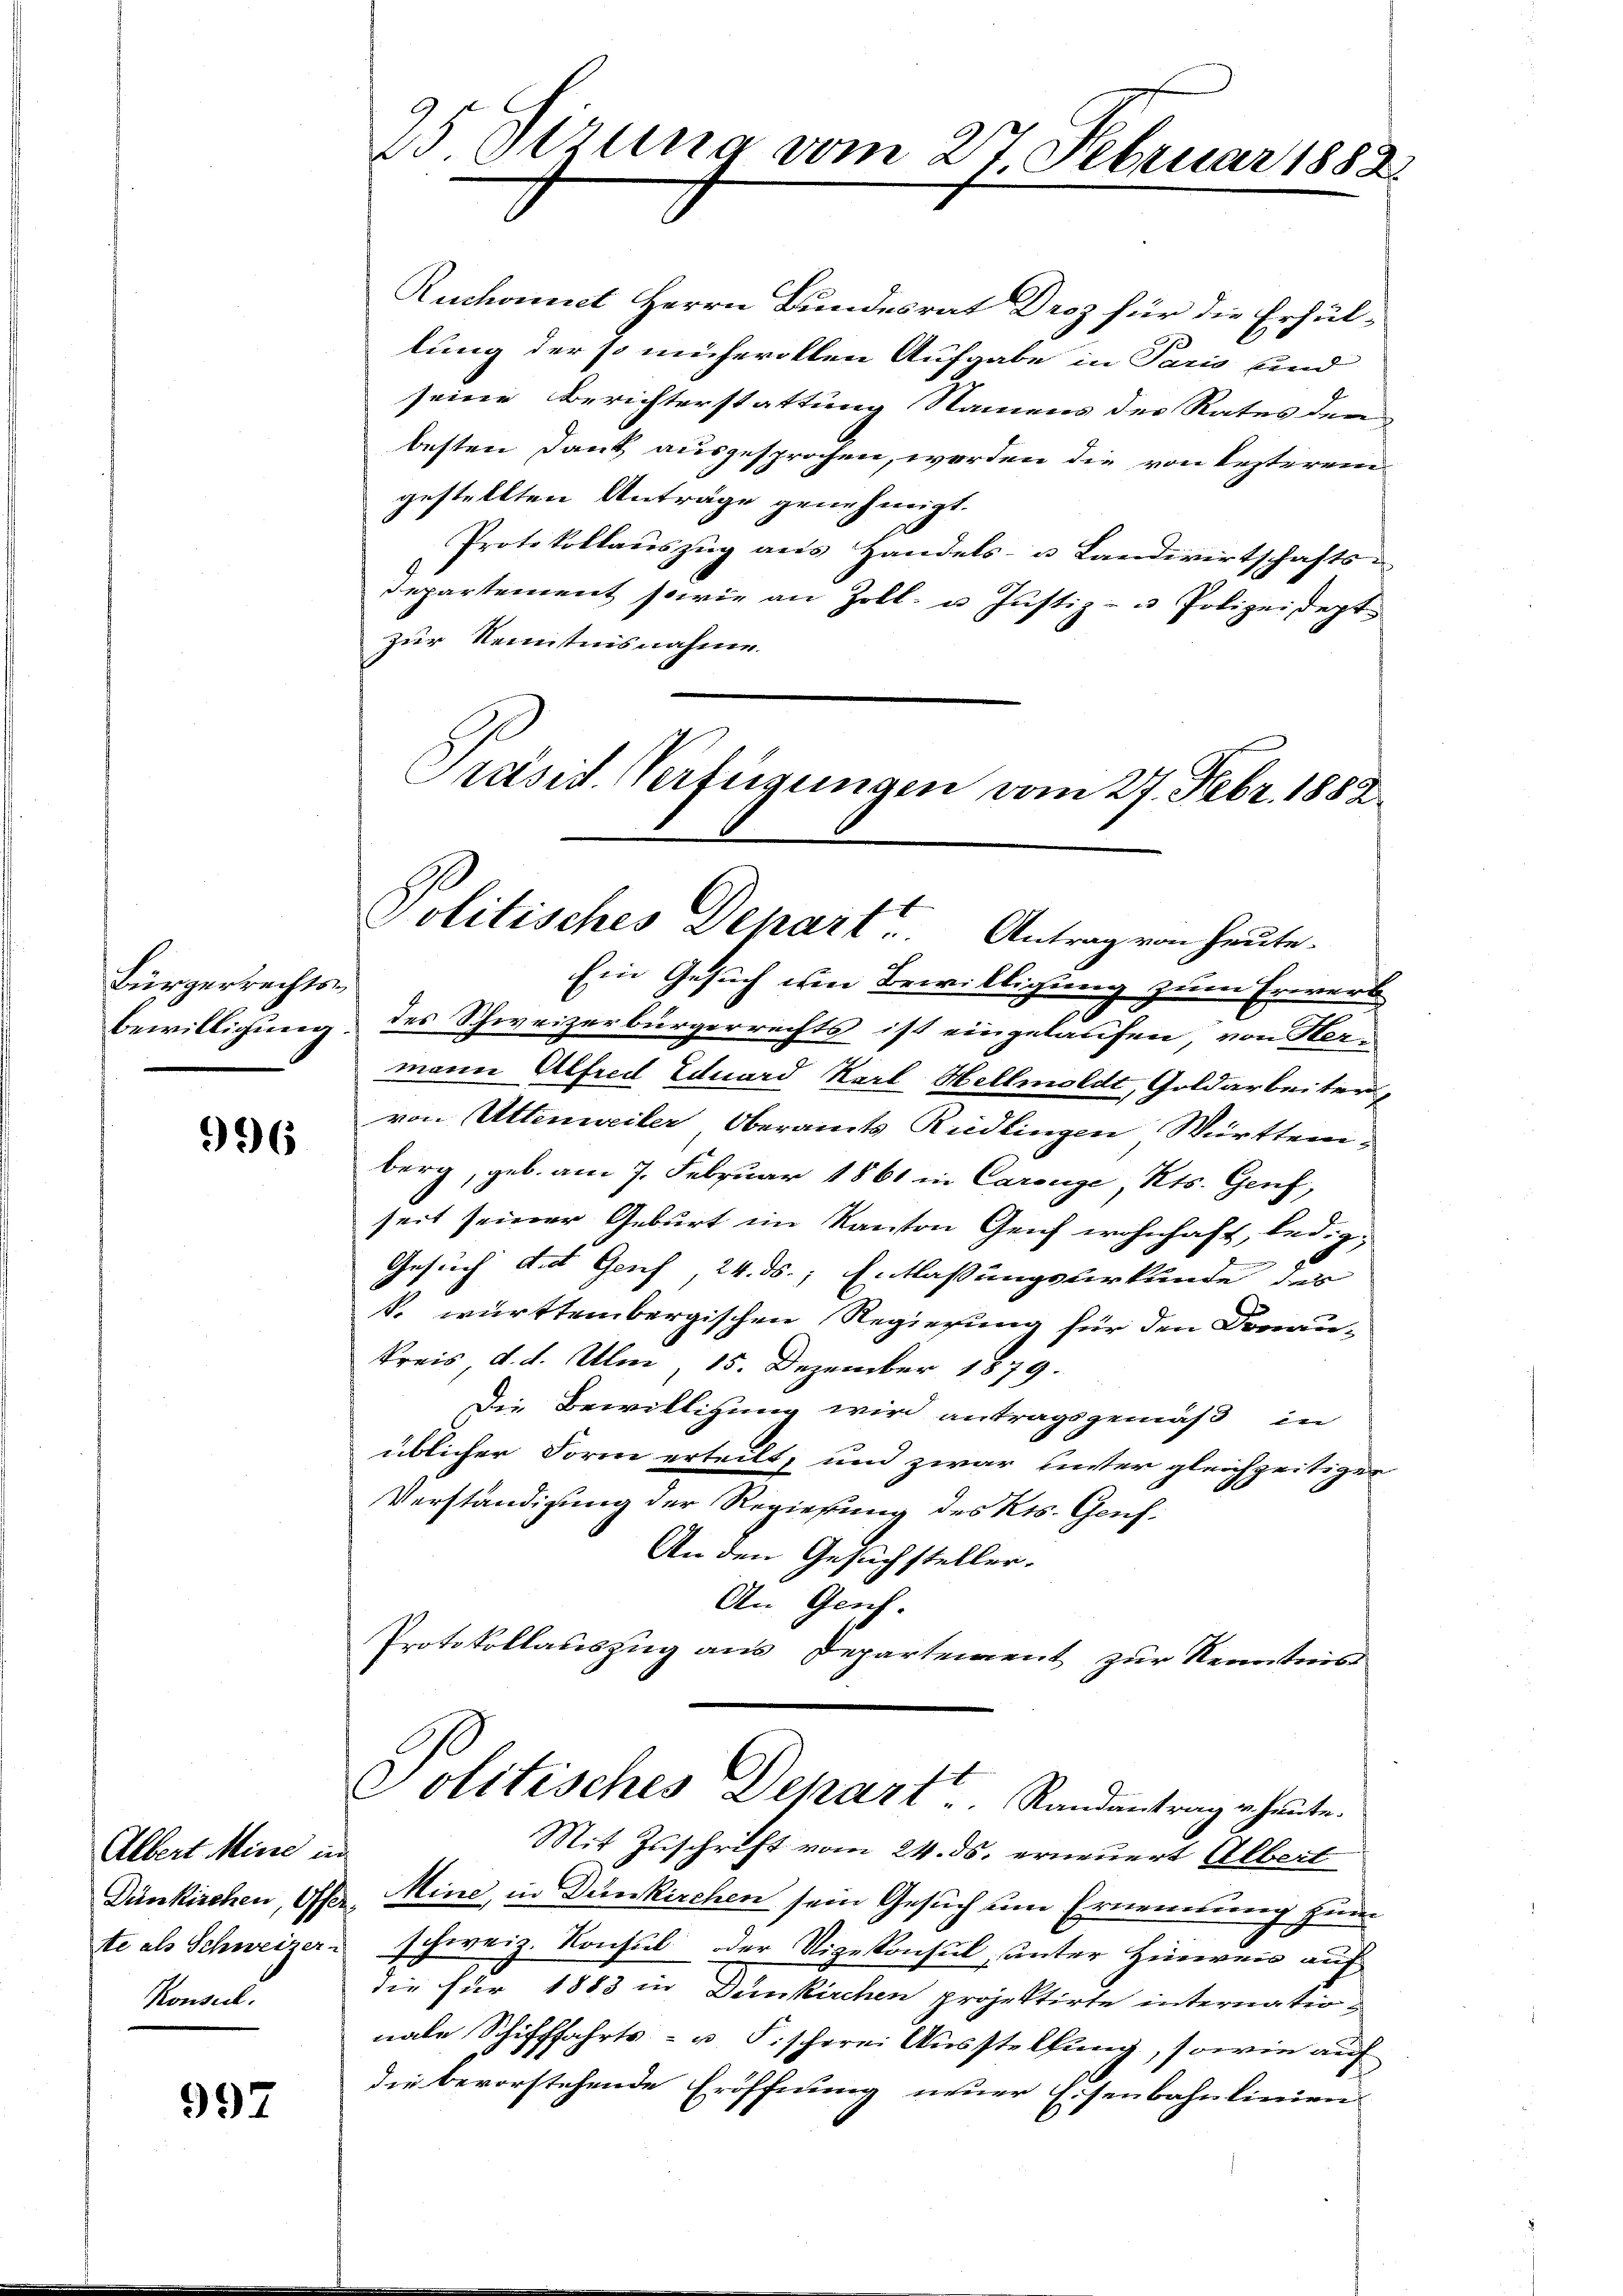
Bürgerrechts¬
Bewilligung.

996

Albert Mine in
Konseil.

997

25. Sitzung vom 27. Februar 1882

Ruckannt Herrn Bundesrat Droz für die Erfüllung der so mühevollen Aufgabe in Paris und
seine Berichterstattung Namens der Rates den
besten Dank ausgesprochen, werden die von lezterein
gestellten Anträge genehmigt.
Protokollauszug aus Handels- u. Landwirtschafts-
Departement sowie an Zoll- u Justiz- u Polizeidept.
zur Kenntnisnahme
Ein Gesuch ein Bewilligung zum Erwerb
des Schweizerbürgerrechts ist eingelaufen, von Hermann Alfred Eduard Karl Hellmoldt, Goldarbeiter,
von Attenweiler Oberamts Riedlingen Württemberg, geb. am 7. Februar 1861 in Carouge, Kts. Genf,
seit seiner Geburt im Kanton Genf wohnhaft, ledig¬
Gesuch die Genf, 24. ds., Entlassungsurkunde der
k. württembergischen Regierung für den Donau-
kreis, d. d. Ulm, 15. Dezember 1879.
Die Bewilligung wird antragsgemäß in
üblicher Form erteilt, und zwar hister gleichzeitigen
Verständigung der Regierung des Kts. Genf.
An den Gesuchsteller.
An Gesch.
Protokollauszug aus Departement zur Kenntnis
Politisches Depart. Randantrage heute.
Mit Zuschrift vom 24. ds. erneuert Albert
Dünkirchen, Oser, Mine, in Dünkirchen sein Gesuch um Ernennung zum
te als Schweizer schweiz. Konsul oder Vizekonsul, unter Hinweis auf
die für 1883 in Dunkirchen projektirte internationale Schifffahrts- u. Fischerei Ausstellung, sowie auf
die bevorstehende Eröffnung neuer Eisenbahnlinien

Präsid. Verfügungen vom 27. Febr. 1888
Politisches Depart. Antrag von heute.